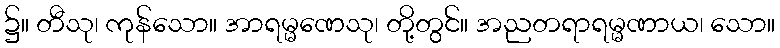
၌။ တီသု၊ ကုန်သော။ အာရမ္မဏေသု၊ တို့တွင်။ အညတရာရမ္မဏာယ၊ သော။